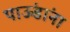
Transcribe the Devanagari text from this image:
पाऊंडांना